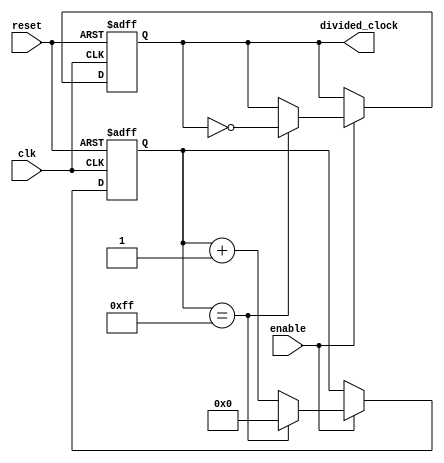
module frequency_synthesizer_clock_divider (
    input wire clk,
    input wire reset,
    input wire enable,
    output reg divided_clock
);

reg [7:0] counter;

always @(posedge clk or posedge reset) begin
    if (reset) begin
        counter <= 8'b0;
        divided_clock <= 1'b0;
    end else begin
        if (enable) begin
            if (counter == 8'hFF) begin
                counter <= 8'b0;
                divided_clock <= ~divided_clock;
            end else begin
                counter <= counter + 1;
            end
        end
    end
end

endmodule